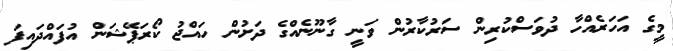
މީގެ އަހަރެއްހާ ދުވަސްކުރިން ސަރުކާރުން ވަނީ ގާނޫނެއްގެ ދަށުން ހައްޖު ކޯރަޕޭޝަން އުފައްދައިފަ